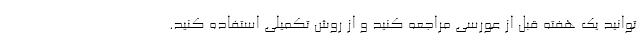
توانید یک هفته قبل از عورسی مراجعه کنید و از روش تکمیلی استفاده کنید.